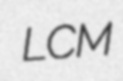
LCM